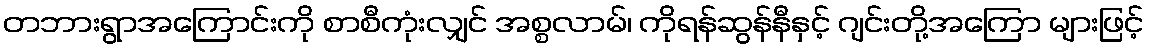
တဘားရွာအကြောင်းကို စာစီကုံးလျှင် အစ္စလာမ်၊ ကိုရန်ဆွန်နီနှင့် ဂျင်းတို့အကြော များဖြင့်